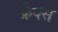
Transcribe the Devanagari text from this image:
क्रैक्‍स